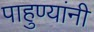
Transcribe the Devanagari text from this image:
पाहुण्यांनी